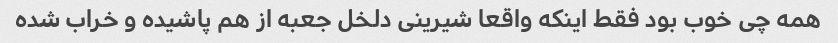
همه چی خوب بود فقط اینکه واقعا شیرینی دلخل جعبه از هم پاشیده و خراب شده